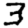
Digit: 3